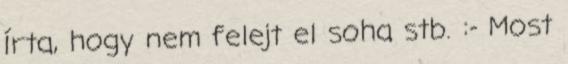
Írta, hogy nem felejt el soha stb. :- Most